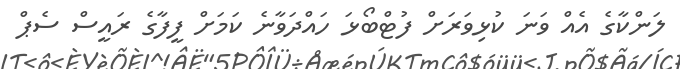
ލަންކާގެ އެއް ވަނަ ކުޅިވަރަށް ފުޓްބޯޅަ ހައްދަވާނެ ކަމަށް ފީފާގެ ރައީސް ސެޕް